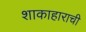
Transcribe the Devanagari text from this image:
शाकाहाराची